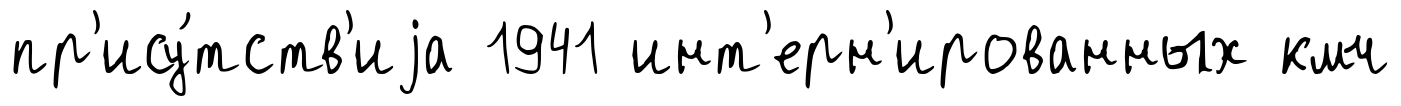
пр'ису́тств'иjа 1941 инт'ерн'ированных кмч